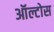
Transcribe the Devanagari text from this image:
ऑल्टोस